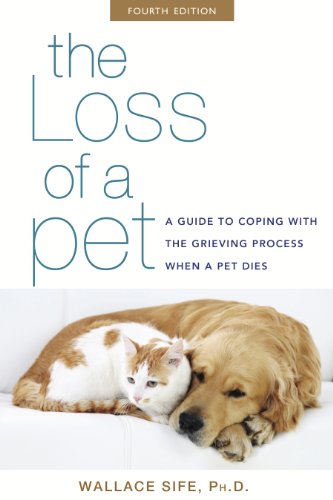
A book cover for The Loss of a Pet: A Guide to Coping with the Grieving Process When a Pet Dies; Wallace Sife; Crafts, Hobbies & Home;